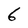
Character: 6